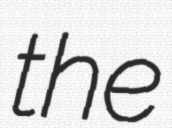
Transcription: the